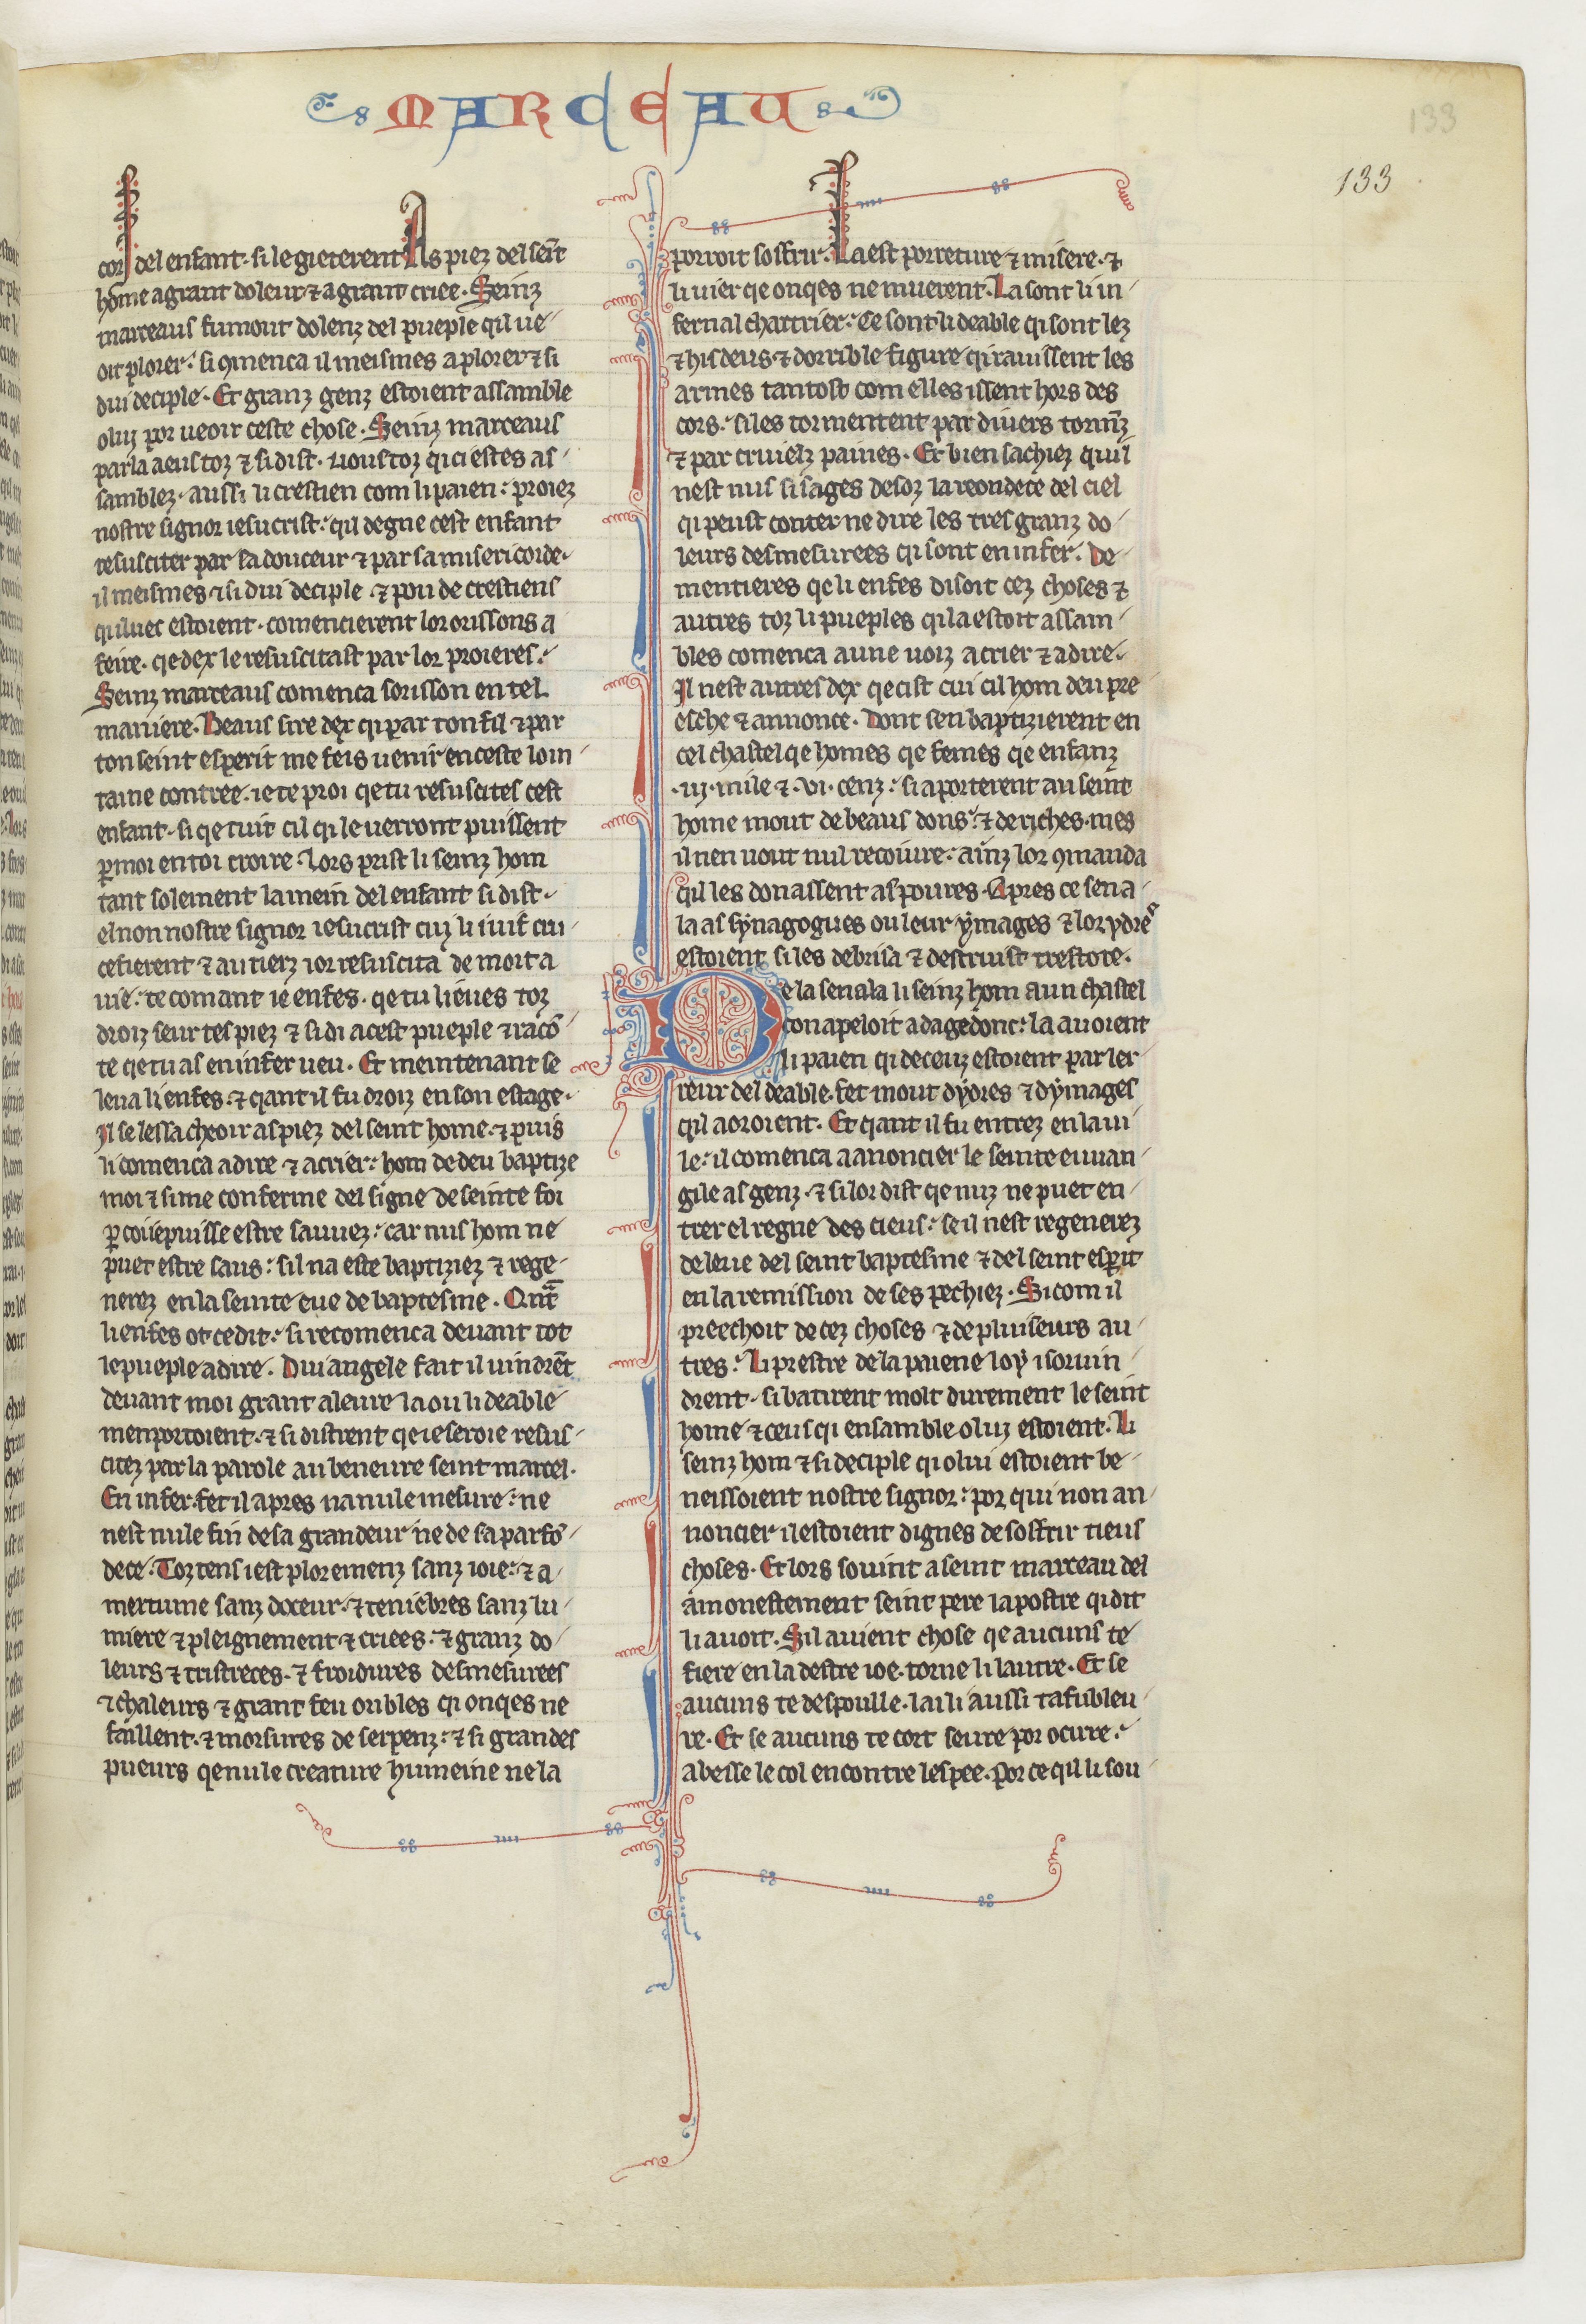
Shelfmark: Paris, BnF, fr. 412
Century: 13